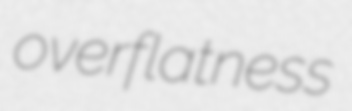
overflatness